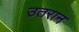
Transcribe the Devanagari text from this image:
उतरान